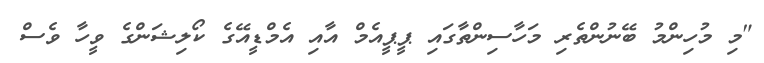
"މި މުހިންމު ބޭނުންތެރި މަހާސިންތާގައި ޕީޕީއެމް އާއި އެމްޑީއޭގެ ކޯލިޝަންގެ ވީހާ ވެސް